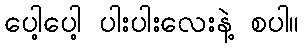
ပေါ့ပေါ့ ပါးပါးလေးနဲ့ စပါ။